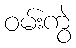
ဝမ်းကွဲ